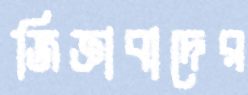
জিজ্ঞাবাদের